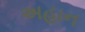
અહાન